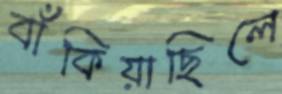
বাঁকিয়াছিলে